Naisuhingud, lk 80
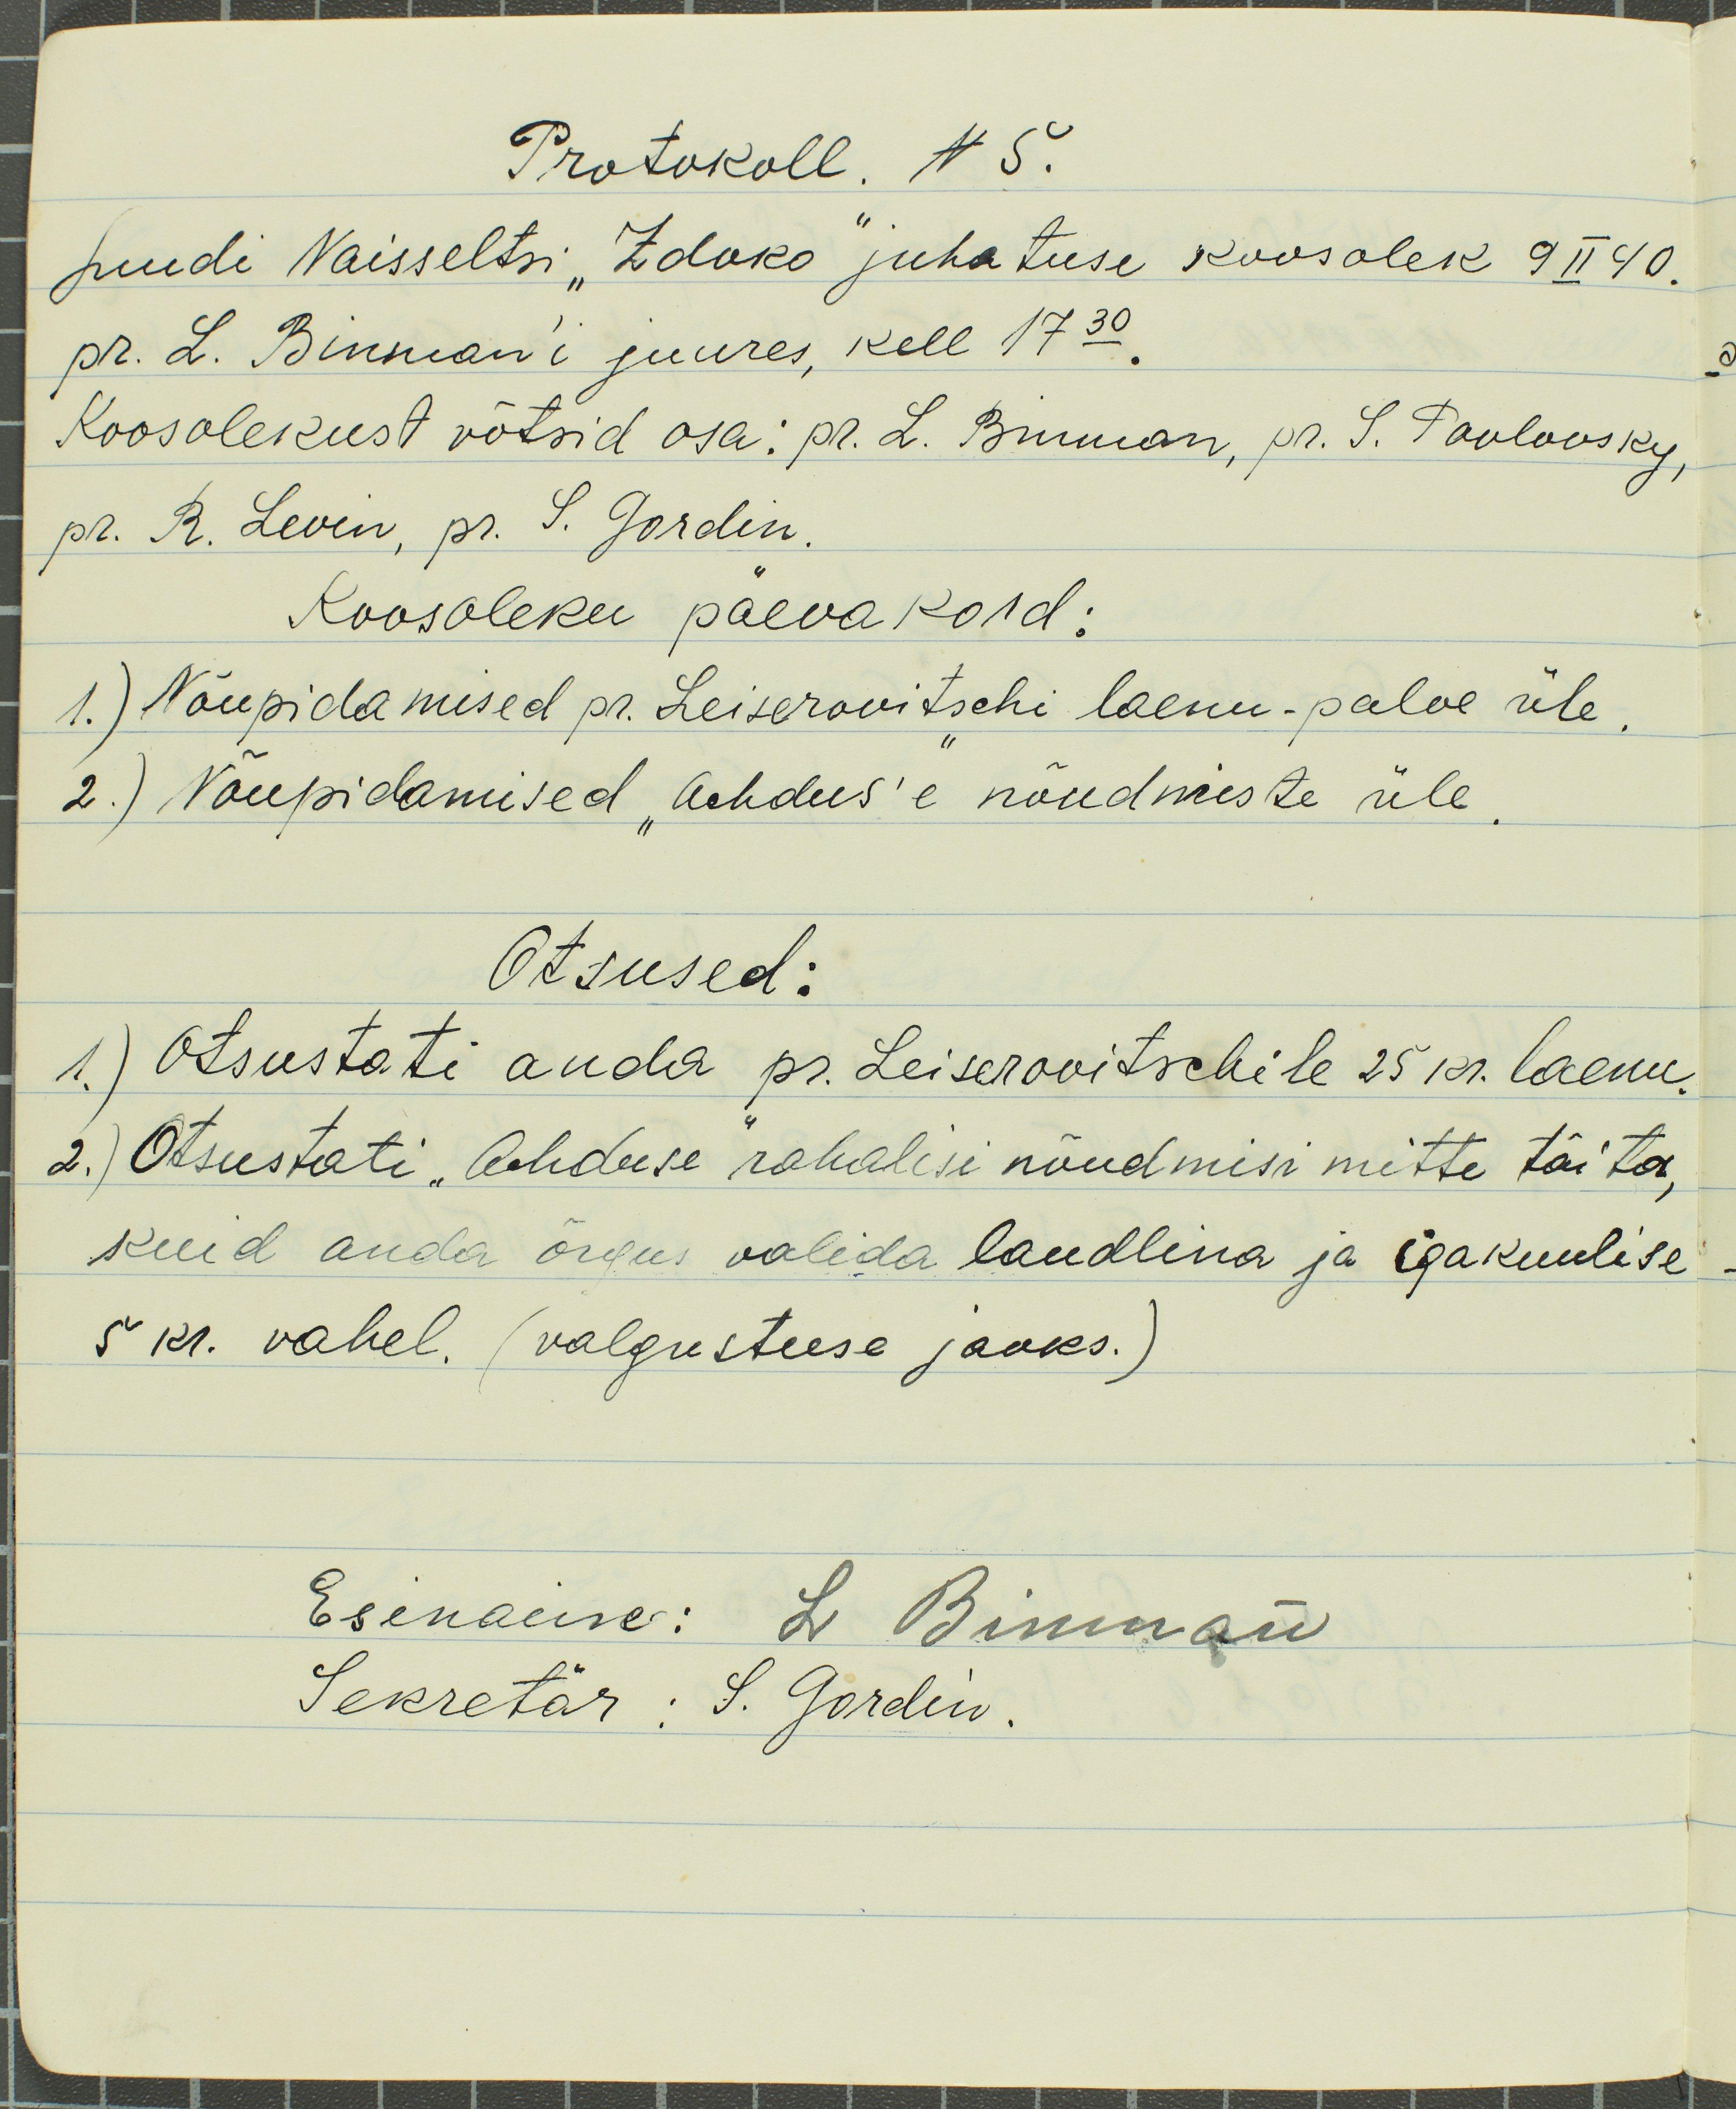
Protokoll. N5.
Juudi Naisseltsi "Zdoko" juhatuse koosolek 9 II 40.
pr. L. Binman`i juures, kell 17.30.
Koosolekust võtsid osa: pr. L. Binman, pr. S. Pavlovsky,
pr. R. Levin, pr. S. Gordin.
Koosoleku päevakord:
1.) Nõupidamised pr. Leiserovitschi laenu-palve üle.
2.) Nõupidamised "Achdus`e" nõudmiste üle.
Otsused:
1.) Otsustati anda pr. Leiserovitschile 25 kr. laenu.
2.) Otsustati "Achduse" rahalisi nõudmisi mitte täita,
kuid anda õigus valida laudlina ja igakuulise
5 kr. vahel. (valgustuse jaoks.)
Esinaine: L. Binman
Sekretär: S. Gordin.